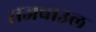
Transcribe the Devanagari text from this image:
राजबाउल